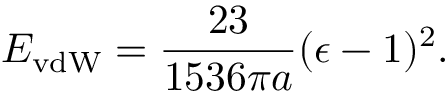
E _ { \mathrm { v d W } } = { \frac { 2 3 } { 1 5 3 6 \pi a } } ( \epsilon - 1 ) ^ { 2 } .